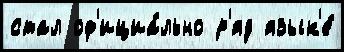
стал оф'ициа́льно р'яд язык'е́